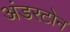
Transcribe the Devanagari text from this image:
अंडरटोन